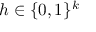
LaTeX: h \in \{ 0 , 1 \} ^ { k }